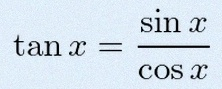
\tan x=\frac{\sin x}{\cos x}